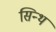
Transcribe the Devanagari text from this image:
सिन्थ